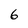
Character: 6